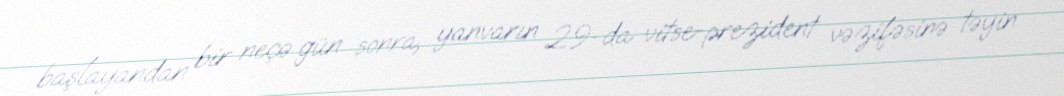
başlayandan bir neçə gün sonra, yanvarın 29-da vitse-prezident vəzifəsinə təyin